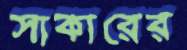
সাকারের